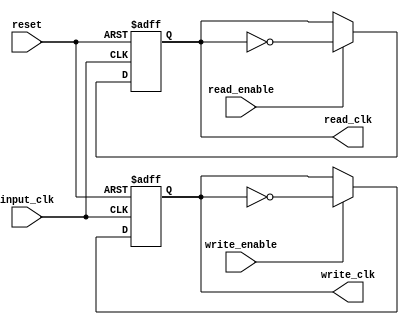
module fifo_timing_control_block (
    input wire input_clk,
    input wire reset,
    input wire write_enable,
    input wire read_enable,
    output reg write_clk,
    output reg read_clk
);

    always @(posedge input_clk or posedge reset) begin
        if (reset) begin
            write_clk <= 1'b0;
            read_clk <= 1'b0;
        end else begin
            if (write_enable) begin
                write_clk <= ~write_clk;
            end
            if (read_enable) begin
                read_clk <= ~read_clk;
            end
        end
    end

endmodule